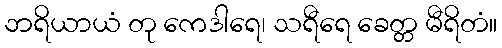
ဘရိယာယံ တု ကေဒါရေ၊ သရီရေ ခေတ္တ မီရိတံ။